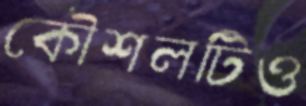
কৌশলটিও